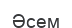
Әсем